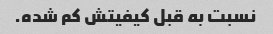
نسبت به قبل کیفیتش کم شده.